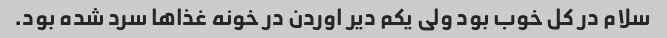
سلام در کل خوب بود ولی یکم دیر اوردن در خونه غذا‌ها سرد شده بود.